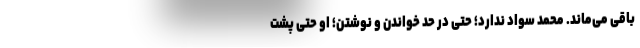
باقی می‌ماند. محمد سواد ندارد؛ حتی در حد خواندن و نوشتن؛ او حتی پشت